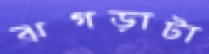
ঝগড়াটা